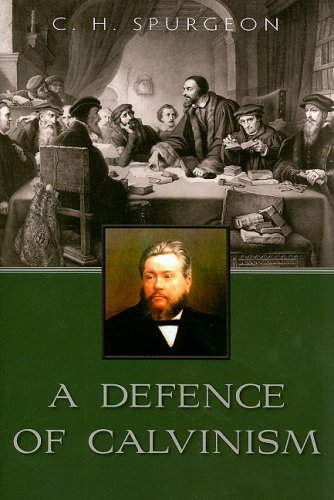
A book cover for A Defence of Calvinism; Charles Haddon Spurgeon; Christian Books & Bibles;